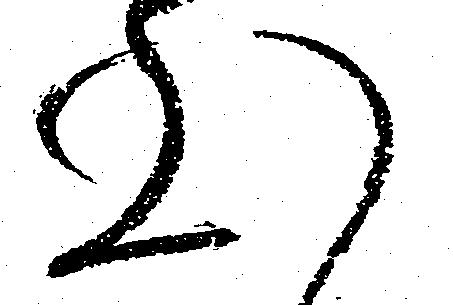
心